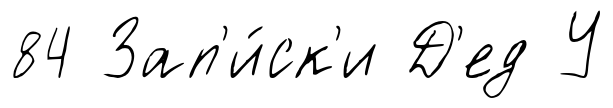
84 Зап'и́ск'и Д'ед У